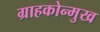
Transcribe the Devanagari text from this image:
ग्राहकोन्मुख